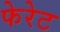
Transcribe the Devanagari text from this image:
फेरेट